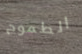
الطموح